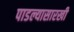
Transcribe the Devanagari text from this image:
पाडल्यासारखी